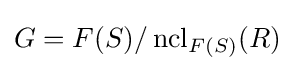
G=F(S)/\operatorname {ncl} _{F(S)}(R)